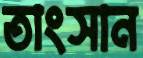
তাংসান